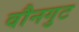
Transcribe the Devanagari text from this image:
वौनगुट